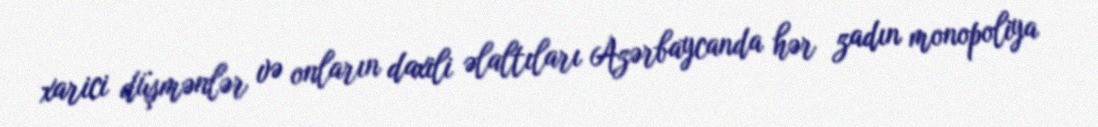
xarici düşmənlər və onların daxili əlaltıları Azərbaycanda hər zadın monopoliya